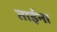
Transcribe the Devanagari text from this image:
ताईना